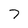
Character: 7